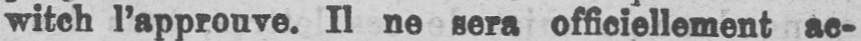
witch l’approuve. Il ne sera officiellement ac-